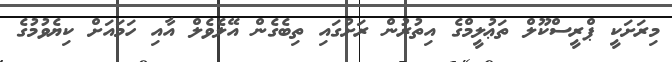
މިރަށަކީ ޕްރީސްކޫލް ތަޢުލީމްގެ އިތުރުން ރަށުގައި ތިބެގެން އޭލެވެލް އާއި ހަމައަށް ކިޔެވުމުގެ